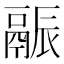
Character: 𬴶